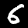
Label: 6